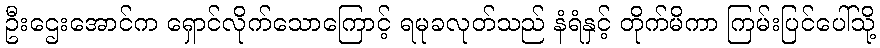
ဦးဌေးအောင်က ရှောင်လိုက်သောကြောင့် ရမုခလုတ်သည် နံရံနှင့် တိုက်မိကာ ကြမ်းပြင်ပေါ်သို့